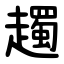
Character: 䟉